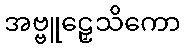
အဗ္ဗူဠှေသိကော